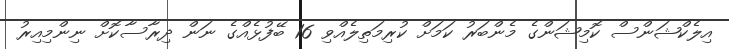
އިލެކްޝަންސް ކޮމިޝަންގެ މެންބަރު ކަމަށް ކުރިމަތިލެއްވި 16 ބޭފުޅެއްގެ ނަން ދިރާސާކޮށް ނިންމިއިރު